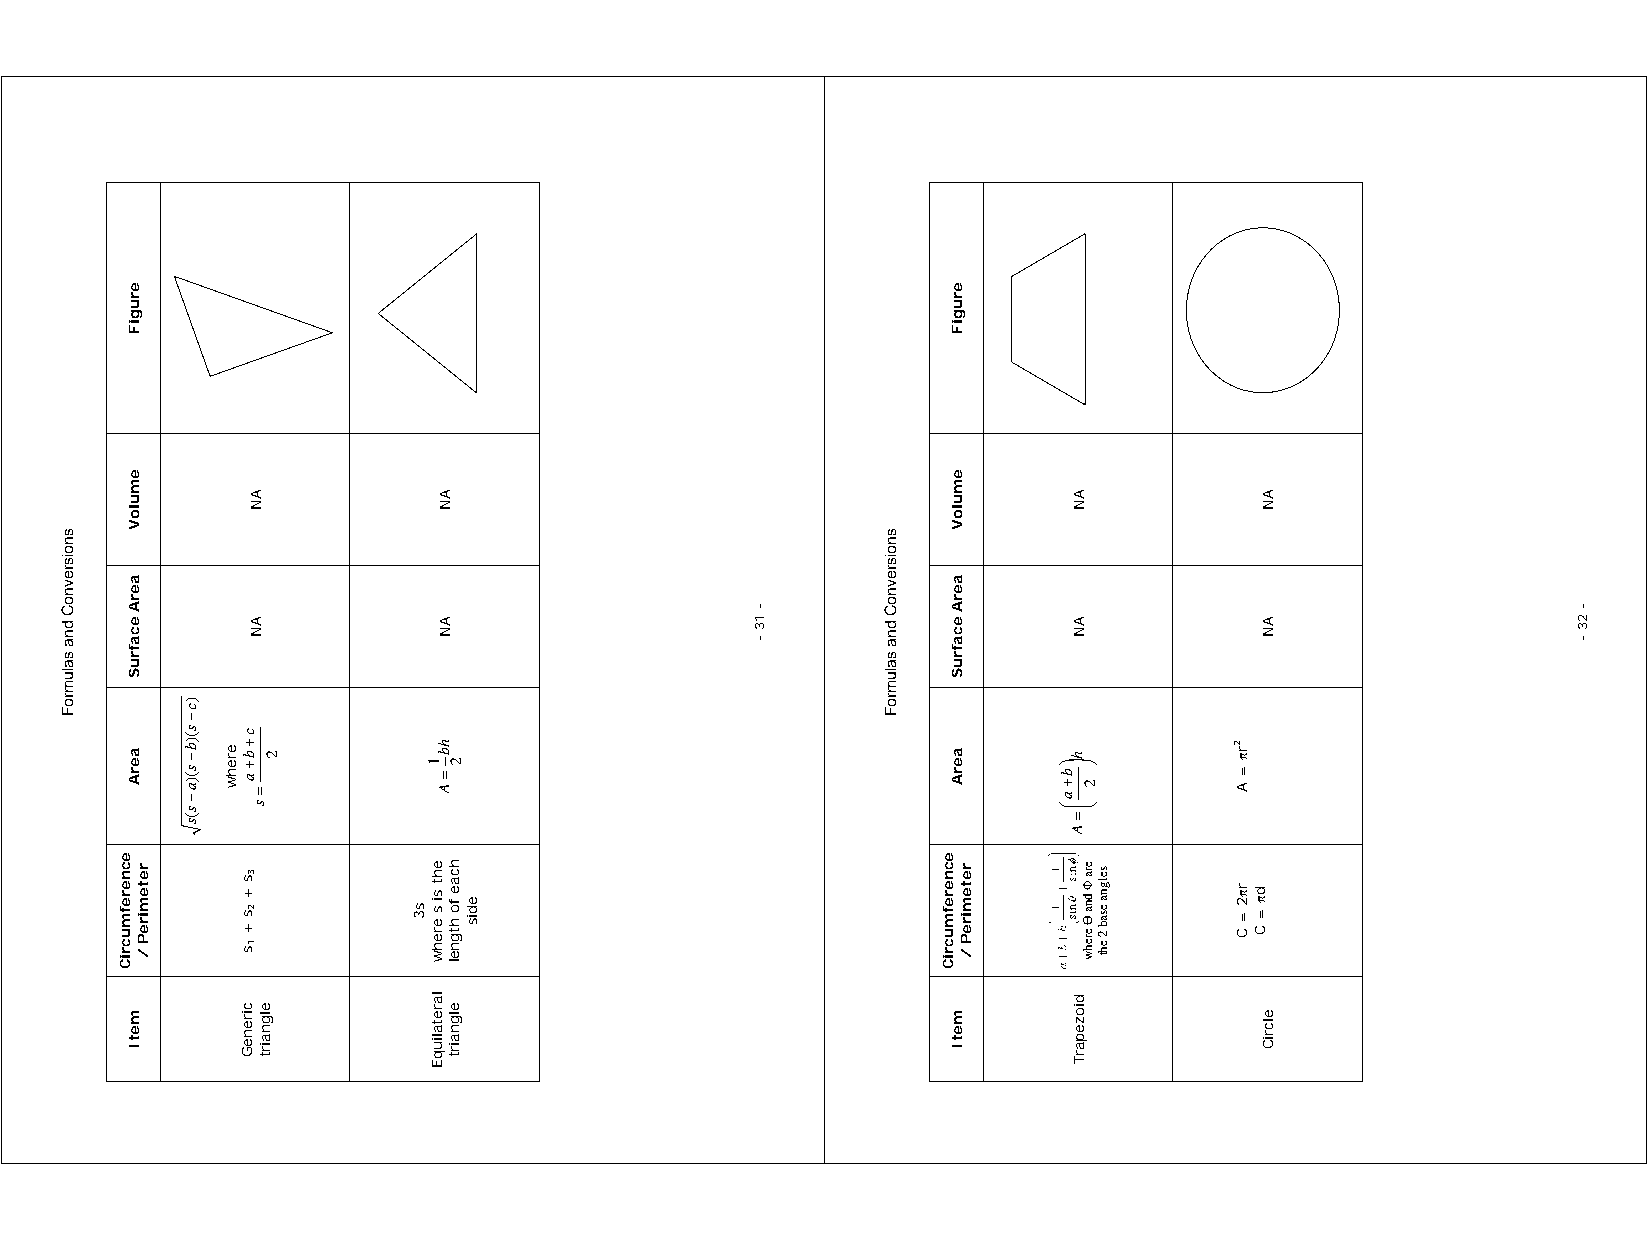
snoisrevnoC
 dna
 salumroF
 ecnerefmucriC
 erugiF
 emuloV
 aerA
 ecafruS
 aerA
 metI
 retemireP
 /
 )c−s()b−s()a−s(s
 erehw
 AN
 AN
 c+b
 2+a
 =s
 3s
 + 2s +
 1s
 c ei
 lr ge
 nn
 ae
 irG
 t
 s3
 1
 eht
 si s erehw
 laretaliuqE
 AN
 AN
 hb =A 2
 hcae
 fo htgnel
 elgnairt
 edis
 -
 13
 -
 snoisrevnoC
 dna
 salumroF
 ecnerefmucriC
 erugiF
 emuloV
 aerA
 ecafruS
 aerA
 metI
 retemireP
 /
 ⎞b+a⎛
 AN
 AN
 h⎟
 ⎜=A
 diozeparT
 ⎠
 2
 ⎝
 era
 Φ dna Ө erehw
 selgna
 esab 2
 eht
 2rπ =
 A
 rπ2 = C dπ = C
 AN
 AN
 elcriC
 -
 23
 -